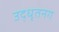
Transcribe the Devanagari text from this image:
उद्‌धृतनग